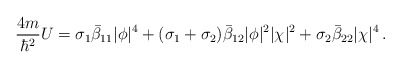
\begin{align*}\frac{4m}{\hbar^2}U=\sigma_1\bar\beta_{11}|\phi|^4 +(\sigma_1+\sigma_2)\bar\beta_{12}|\phi|^2|\chi|^2 +\sigma_2\bar\beta_{22}|\chi|^4\,.\end{align*}